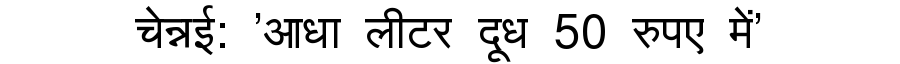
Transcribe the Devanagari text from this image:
चेन्नई: 'आधा लीटर दूध 50 रुपए में'